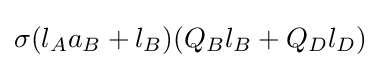
\sigma (l_{A}a_{B}+l_{B})(Q_{B}l_{B}+Q_{D}l_{D})